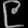
Digit: ၉